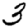
Digit: 3